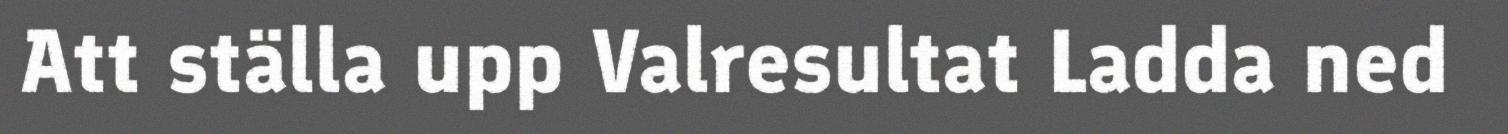
Att ställa upp Valresultat Ladda ned